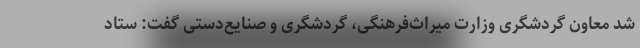
شد معاون گردشگری وزارت میراث‌فرهنگی، گردشگری و صنایع‌دستی گفت: ستاد